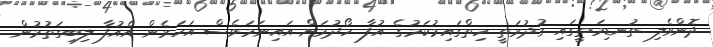
ދޮންވެލި ތުނޑިމަތީގައި ގުދުރަތީ ހިތްގައިމުކަމުގެ އުފާ ހޯދުމަށް އައިނަމަވެސް އަހަރެން އެއުފާ ލިބިގަތުމުން